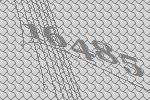
16485